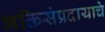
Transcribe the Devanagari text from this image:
भक्तिसंप्रदायाचे